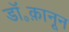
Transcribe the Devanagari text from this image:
डॉ॰क़ानून